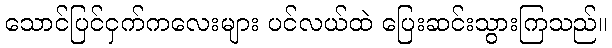
သောင်ပြင်ငှက်ကလေးများ ပင်လယ်ထဲ ပြေးဆင်းသွားကြသည်။